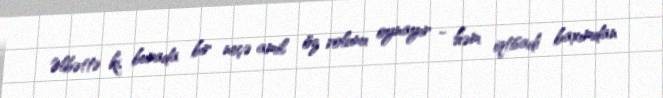
Əlbəttə ki, burada bir neçə amil öz rolunu oynayır - həm iqtisadi baxımdan